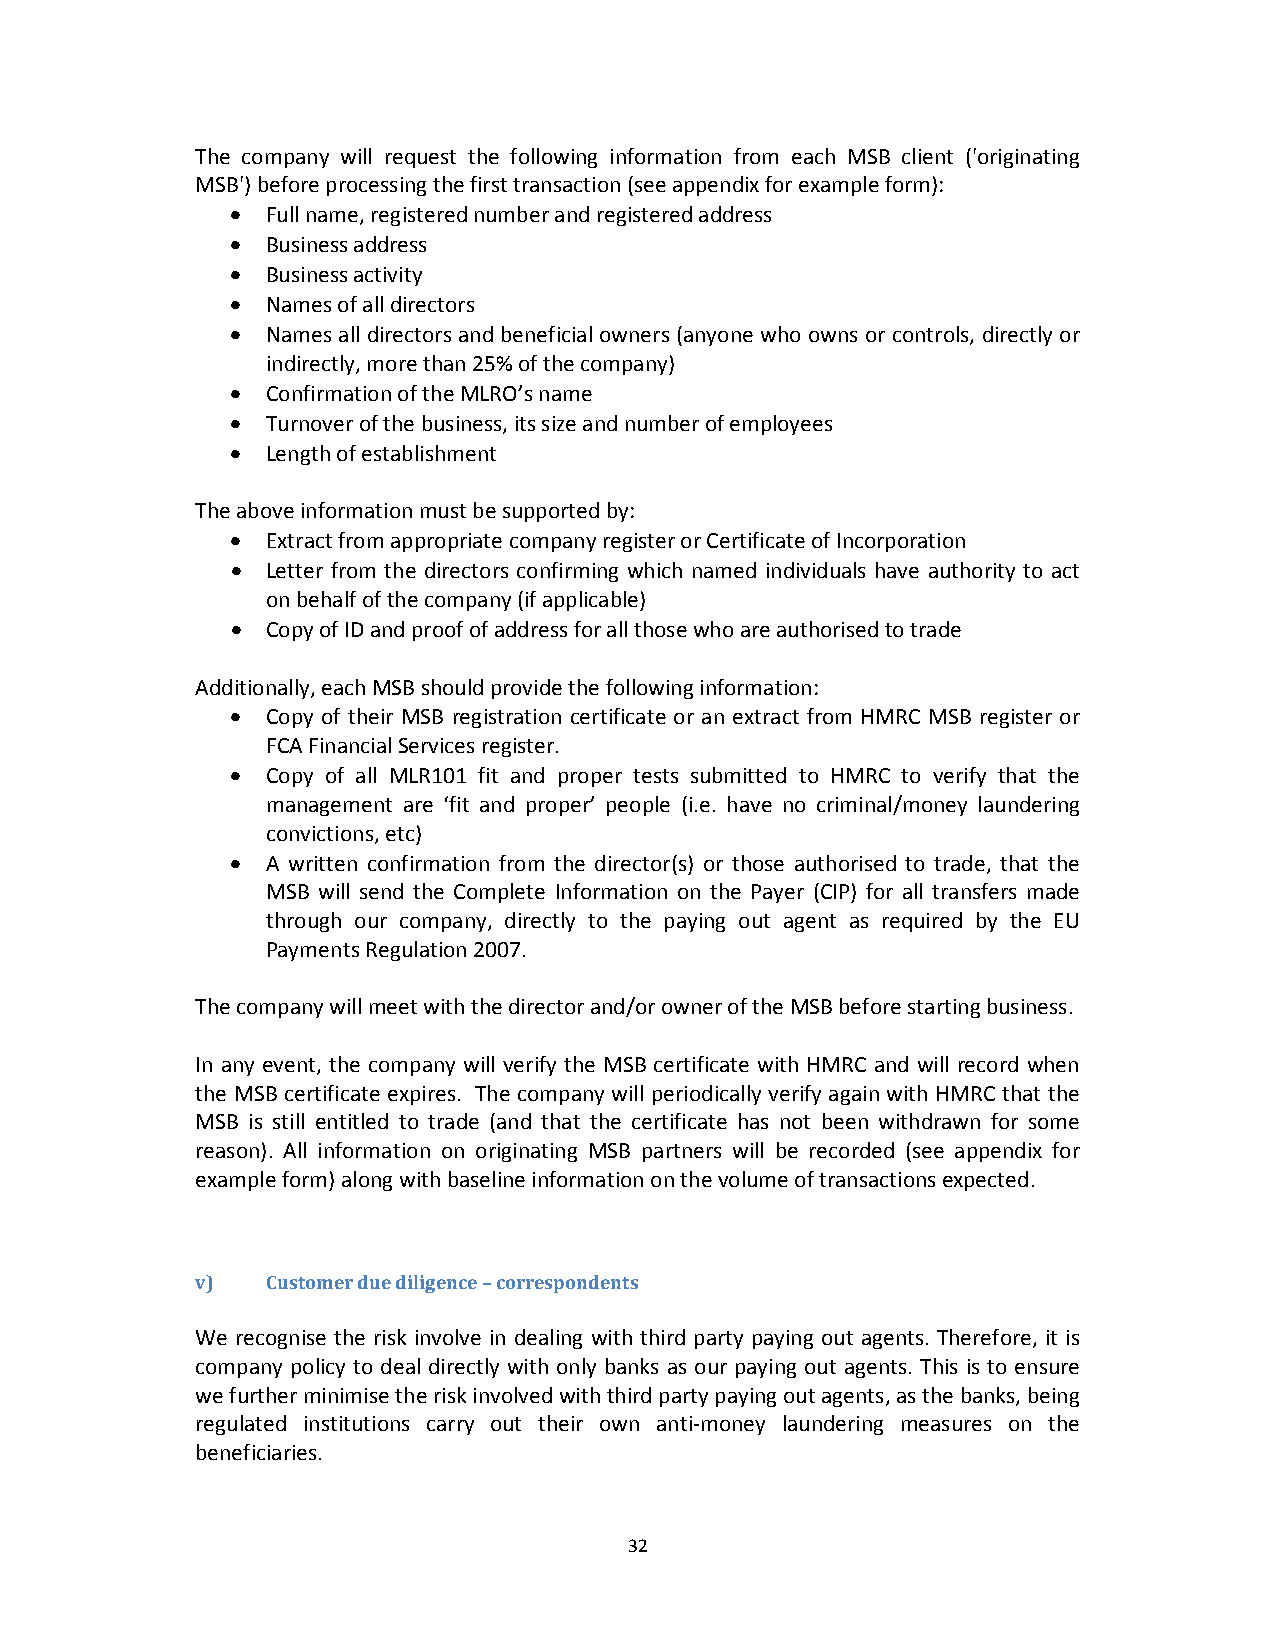
The company will request the following information from each MSB client ('originating
 MSB') before processing the first transaction (see appendix for example form):
   Full name, registered number and registered address
   Business address
   Business activity
   Names of all directors
   Names all directors and beneficial owners (anyone who owns or controls, directly or
 indirectly, more than 25% of the company)
   Confirmation of the MLRO’s name
   Turnover of the business, its size and number of employees
   Length of establishment
 The above information must be supported by:
   Extract from appropriate company register or Certificate of Incorporation
   Letter from the directors confirming which named individuals have authority to act
 on behalf of the company (if applicable)
   Copy of ID and proof of address for all those who are authorised to trade
 Additionally, each MSB should provide the following information:
   Copy of their MSB registration certificate or an extract from HMRC MSB register or
 FCA Financial Services register.
   Copy of all MLR101 fit and proper tests submitted to HMRC to verify that the
 management are ‘fit and proper’ people (i.e. have no criminal/money laundering
 convictions, etc)
   A written confirmation from the director(s) or those authorised to trade, that the
 MSB will send the Complete Information on the Payer (CIP) for all transfers made
 through our company, directly to the paying out agent as required by the EU
 Payments Regulation 2007.
 The company will meet with the director and/or owner of the MSB before starting business.
 In any event, the company will verify the MSB certificate with HMRC and will record when
 the MSB certificate expires. The company will periodically verify again with HMRC that the
 MSB is still entitled to trade (and that the certificate has not been withdrawn for some
 reason). All information on originating MSB partners will be recorded (see appendix for
 example form) along with baseline information on the volume of transactions expected.
 v)   Customer due diligence – correspondents
 We recognise the risk involve in dealing with third party paying out agents. Therefore, it is
 company policy to deal directly with only banks as our paying out agents. This is to ensure
 we further minimise the risk involved with third party paying out agents, as the banks, being
 regulated institutions carry out their own anti‐money laundering measures on the
 beneficiaries.
 32